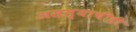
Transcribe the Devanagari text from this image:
असल्याचीही